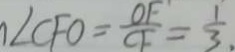
/ \angle C F O = \frac { O F } { C F } = \frac { 1 } { 3 } .